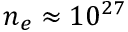
n _ { e } \approx 1 0 ^ { 2 7 }